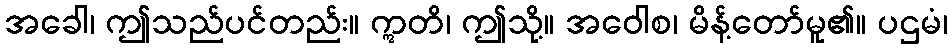
အခေါ၊ ဤသည်ပင်တည်း။ ဣတိ၊ ဤသို့။ အဝေါစ၊ မိန့်တော်မူ၏။ ပဌမံ၊